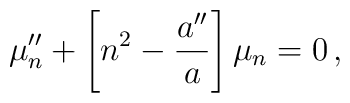
\mu_n^{\prime \prime} + \left[ n^2 - \frac{a^{\prime \prime}}{a} \right]\mu_n=0 \,,